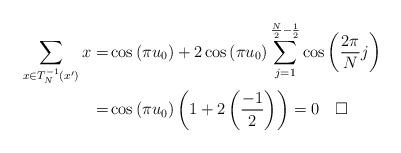
LaTeX: \begin{align*} \begin{aligned} \sum_{x \in T_{N}^{-1}(x')} x = & \cos\left(\pi u_{0}\right) + 2\cos\left(\pi u_{0}\right)\sum_{j=1}^{\frac{N}{2}-\frac{1}{2}}\cos\left(\frac{2\pi}{N}j\right) \\ = & \cos\left(\pi u_{0}\right)\left(1+2\left(\frac{-1}{2}\right)\right) = 0 \ \ \ \square\end{aligned}\end{align*}